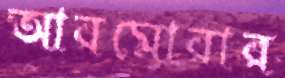
আরমোরার